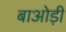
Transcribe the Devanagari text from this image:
बाओड़ी